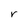
Character: r